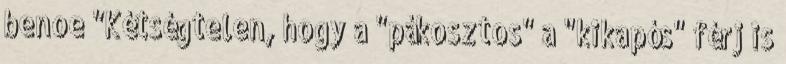
benoe "Kétségtelen, hogy a "pákosztos" a "kikapós" férj is